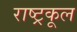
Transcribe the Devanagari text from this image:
राष्ट्रकूल